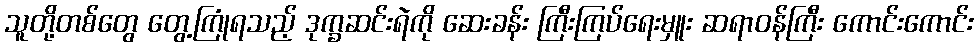
သူတို့တစ်တွေ တွေ့ကြုံရသည့် ဒုက္ခဆင်းရဲကို ဆေးခန်း ကြီးကြပ်ရေးမှူး ဆရာဝန်ကြီး ကောင်းကောင်း